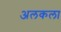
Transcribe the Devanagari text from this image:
अलकला